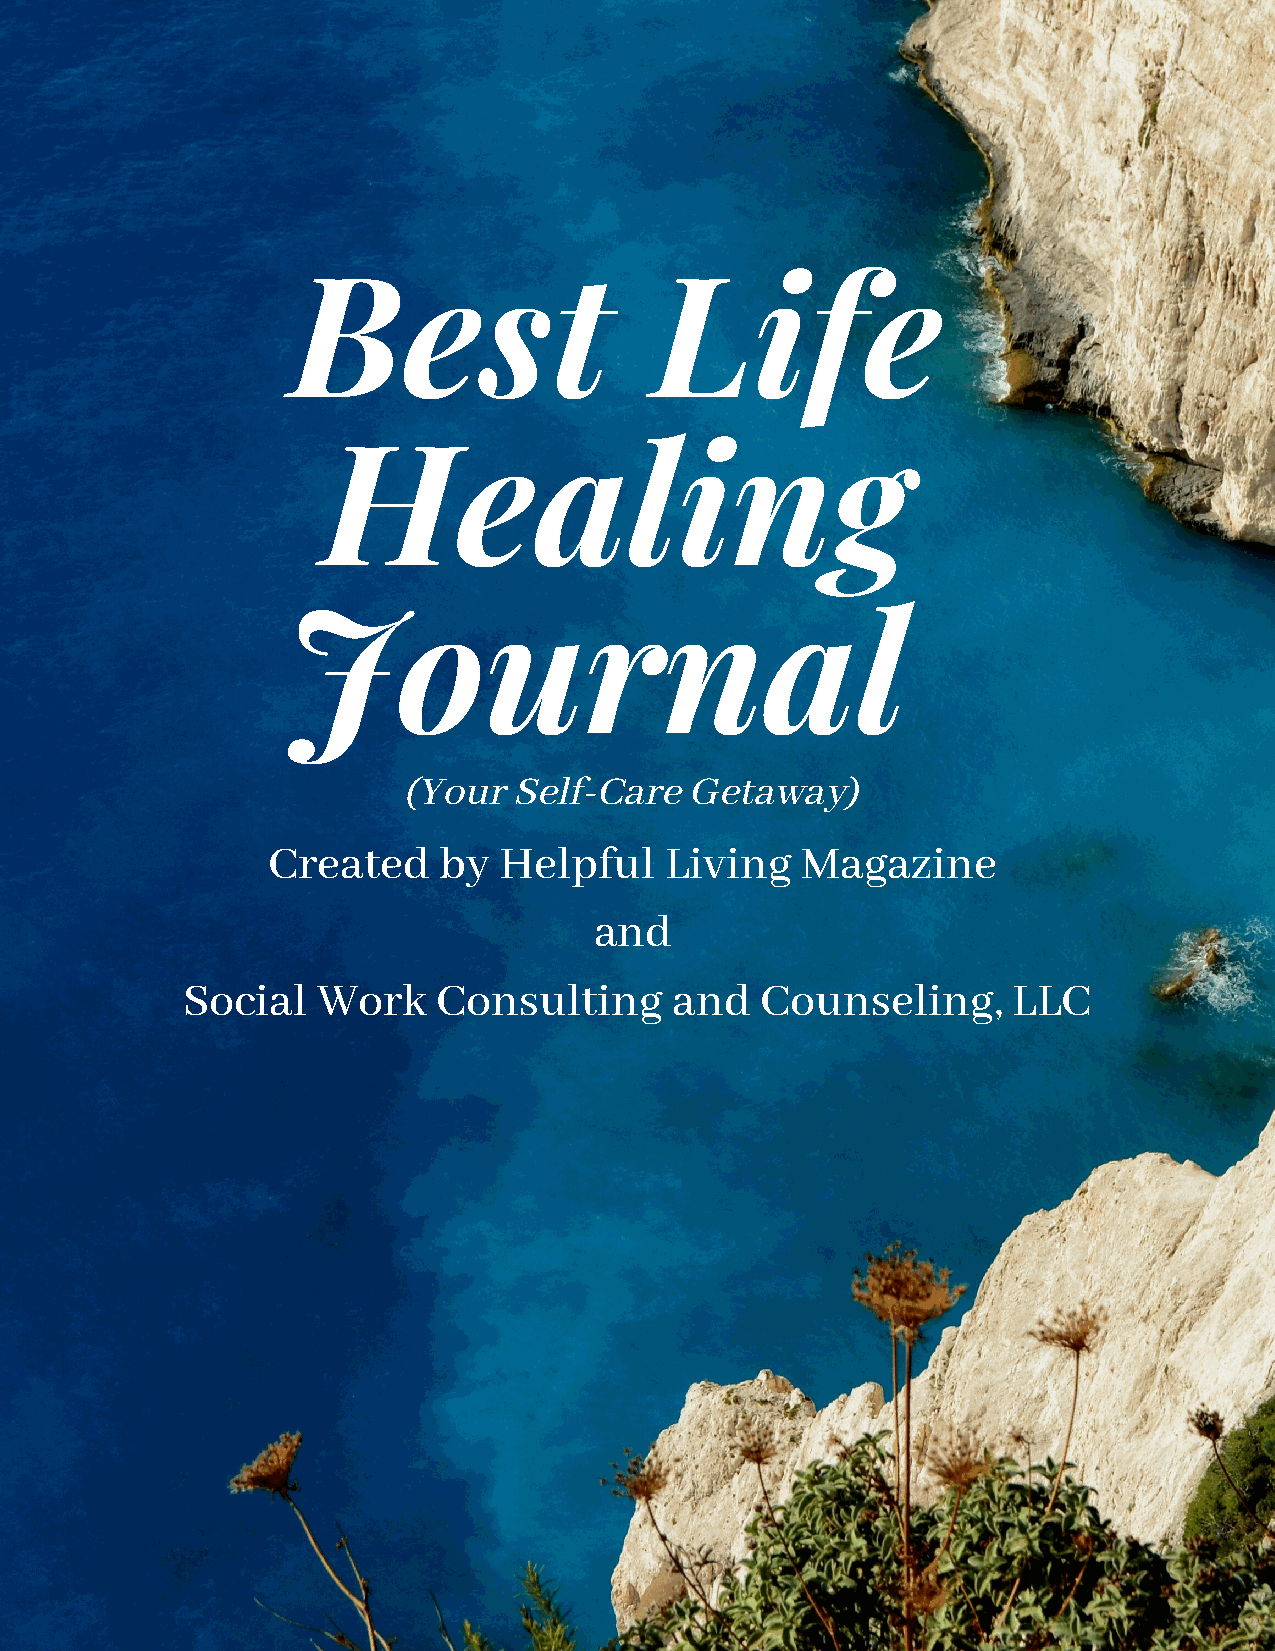
Best                    Life
 Healing
 Journal
 (Your  Self-Care   Getaway)
 Created    by  Helpful    Living   Magazine
 and
 Social   Work    Consulting      and  Counseling,      LLC